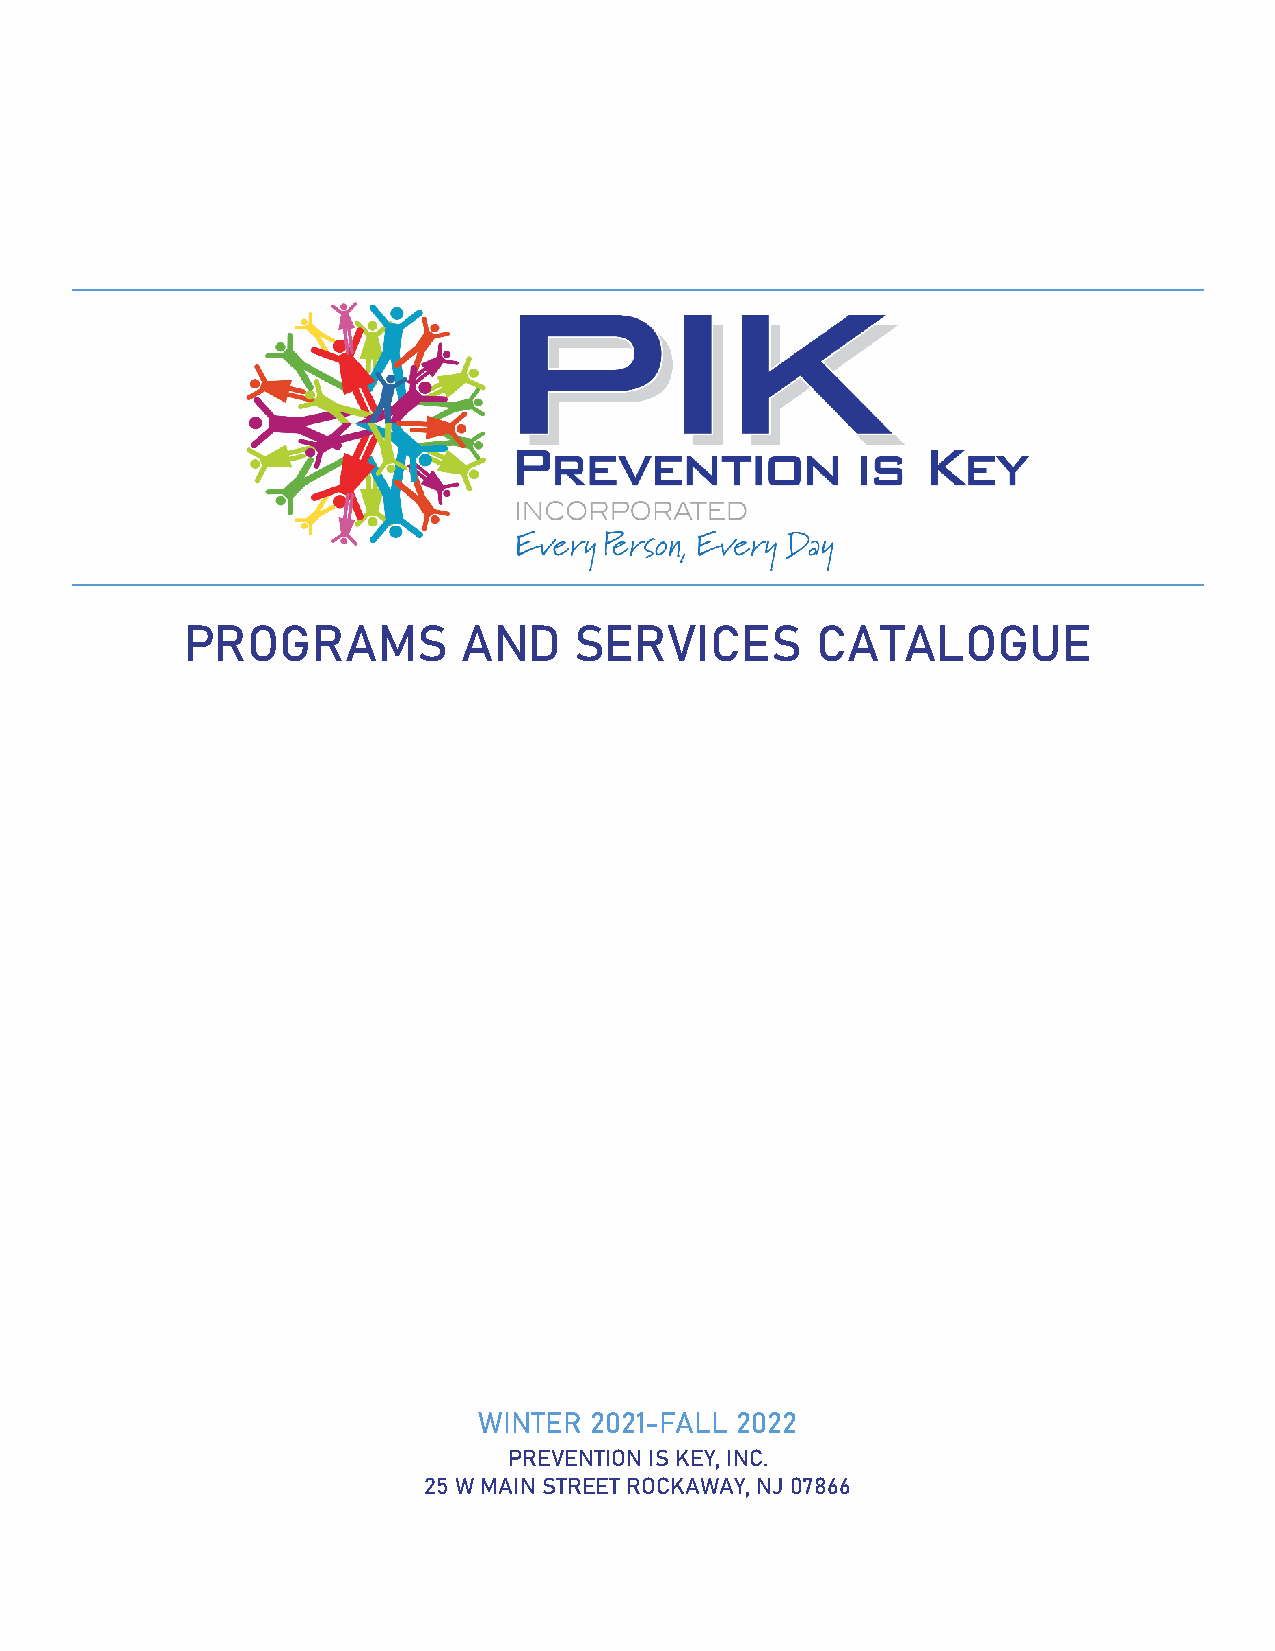
PROGRAMS           AND    SERVICES        CATALOGUE
 WINTER 2021-FALL 2022
 PREVENTION IS KEY, INC.
 25 W MAIN STREET ROCKAWAY, NJ 07866